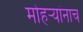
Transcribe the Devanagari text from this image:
मोहऱ्यांनाच